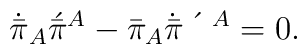
\dot{\bar{\pi}}_A\acute{\bar{\pi}}{}^A - \bar{\pi}_A\bar{\pi}\!\!\dot{\vphantom{\bar{\pi}}}\hspace{1.6ex}\acute{\vphantom{\bar{\pi}}}\,\,\,{}^A= 0.